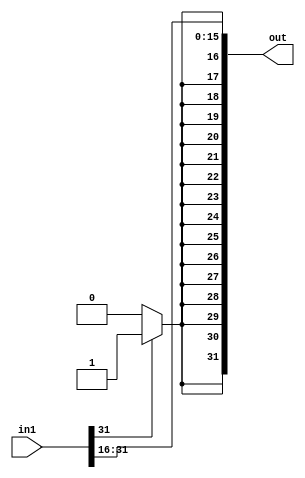
module bit16_SRA(in1, out);

input [31:0] in1;
output [31:0] out;

genvar c;
   generate
	for(c=0; c<=15;c=c+1) begin: loop1
	
	assign out[c] = in1[c+16];
	
	end
	endgenerate

assign out[16] = in1[31] ? 1'b1 : 1'b0;

genvar a;
   generate
	for(a=17; a<=31;a=a+1) begin: loop2
	
	assign out[a] = out[16];
	
	end
	endgenerate

//assign out[17] = out[16];
//assign out[18] = out[16];
//assign out[19] = out[16];
//assign out[20] = out[16];
//assign out[21] = out[16];
//assign out[22] = out[16];
//assign out[23] = out[16];
//assign out[24] = out[16];
//assign out[25] = out[16];
//assign out[26] = out[16];
//assign out[27] = out[16];
//assign out[28] = out[16];
//assign out[29] = out[16];
//assign out[30] = out[16];
//assign out[31] = out[16];
endmodule